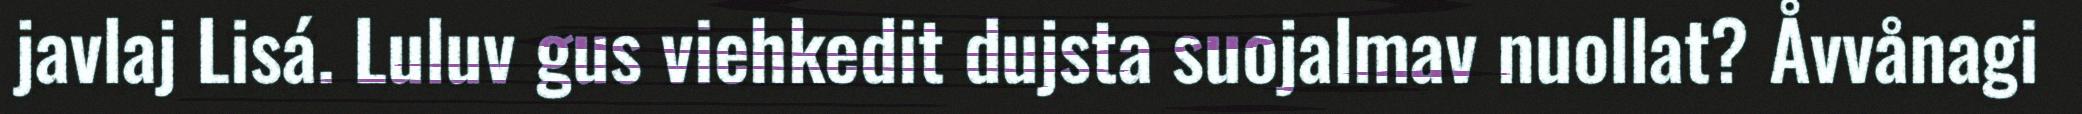
javlaj Lisá. Luluv gus viehkedit dujsta suojalmav nuollat? Åvvånagi